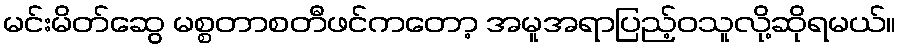
မင်းမိတ်ဆွေ မစ္စတာစတီဖင်ကတော့ အမူအရာပြည့်ဝသူလို့ဆိုရမယ်။